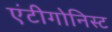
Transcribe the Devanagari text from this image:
एंटीगोनिस्ट